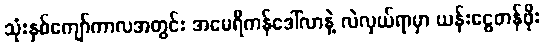
သုံးနှစ်ကျော်ကာလအတွင်း အမေရိကန်ဒေါ်လာနဲ့ လဲလှယ်ရာမှာ ယန်းငွေတန်ဖိုး